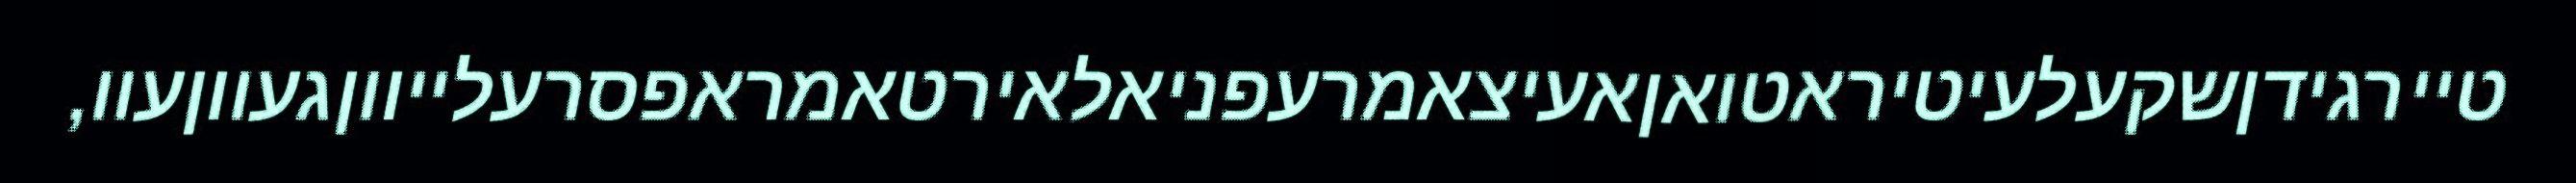
טיירגידןשקעלעיטיראטואןאעיצאמרעפניאלאירטאמראפסרעלייווןגעווןעוו,